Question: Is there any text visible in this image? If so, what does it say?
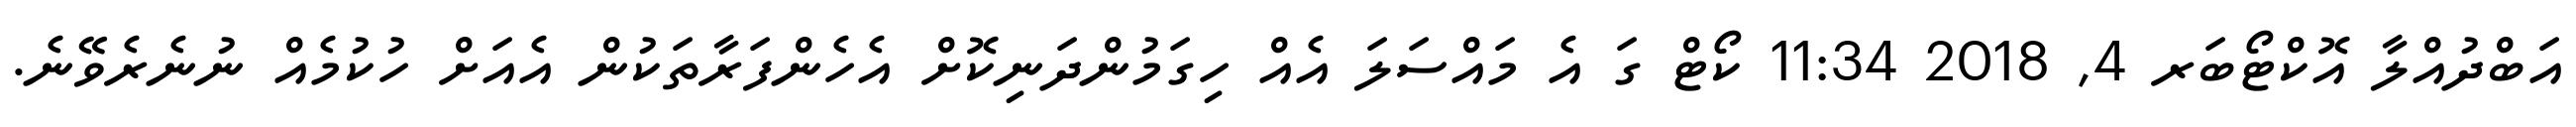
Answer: އަބްދުއްލާ އޮކްޓޯބަރ 4, 2018 11:34 ކޯޓް ގަ އެ މައްސަލަ އެއް ހިގަމުންދަނިކޮށް އެހެންފަރާތަކުން އެއަށް ހުކުމެއް ނުނެރެވޭނެ.